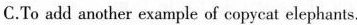
C.To add another example of copycat elephants.